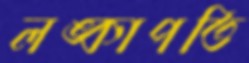
লঙ্কাপতি